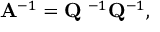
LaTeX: \mathbf { A } ^ { - 1 } = \mathbf { Q } \mathbf { \Lambda } ^ { - 1 } \mathbf { Q } ^ { - 1 } ,